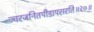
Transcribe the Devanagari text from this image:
ज्वरजनितपीडापसरति॥२०॥